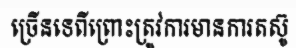
ច្រើនទេពីព្រោះត្រូវការមានការតស៊ូ